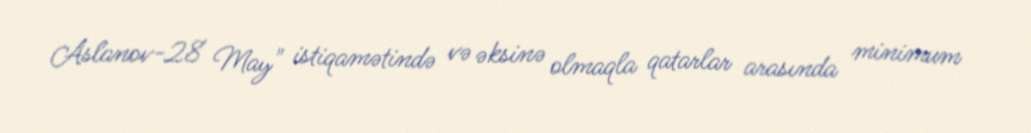
Aslanov-28 May" istiqamətində və əksinə olmaqla qatarlar arasında minimum